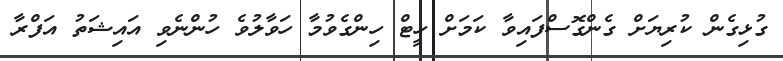
ގުޅިގެން ކުރިޔަށް ގެންގޮސްފައިވާ ކަމަށް ހީޓް ހިންގެވުމާ ހަވާލުވެ ހުންނެވި އައިޝަތު އަފްރާ